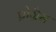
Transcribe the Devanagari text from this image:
प्रोग्रैस